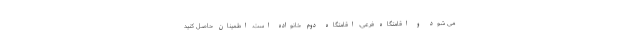
می شود و اقامتگاه فرعی، اقامتگاه دوم خانواده است. اطمینان حاصل کنید